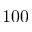
1 0 0